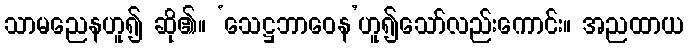
သာမညေနဟူ၍ ဆို၏။ ‘သေဋ္ဌဘာဝေန’ဟူ၍သော်လည်းကောင်း။ အညထာယ